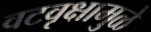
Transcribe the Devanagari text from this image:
वटवृक्षामुळे